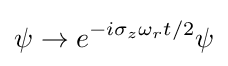
\psi \rightarrow e^{-i\sigma _{z}\omega _{r}t/2}\psi